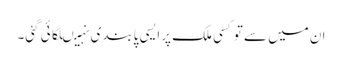
ان میں سے توکسی ملک پرایسی پابندی نہیںلگائی گئی۔